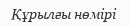
Құрылғы нөмірі